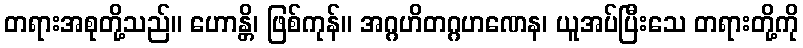
တရားအစုတို့သည်။ ဟောန္တိ၊ ဖြစ်ကုန်။ အဂ္ဂဟိတဂ္ဂဟဏေန၊ ယူအပ်ပြီးသေ တရားတို့ကို